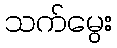
သက်မွေး